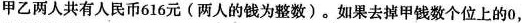
甲乙两人共有人民币616元(两人的钱为整数)。如果去掉甲钱数个位上的0，